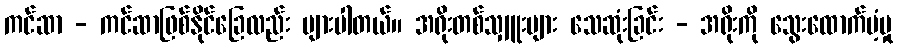
ကင်ဆာ - ကင်ဆာဖြစ်နိုင်ခြေလည်း များပါတယ်။ အရိုးတစ်သျှူးများ သေဆုံးခြင်း - အရိုးကို သွေးထောက်ပံ့မှု